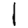
Digit: 1